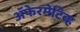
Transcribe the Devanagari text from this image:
अॅफेरमेटिव्ह